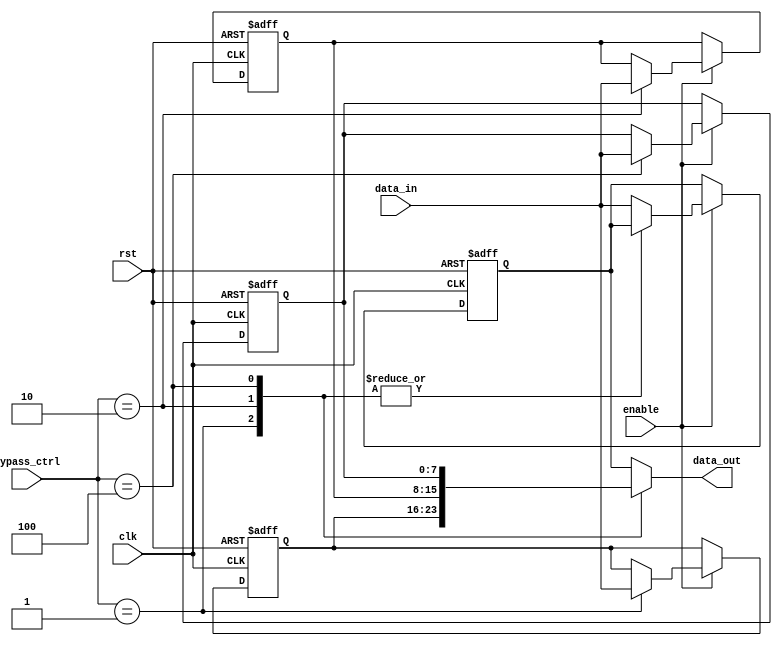
module bypass_register (
    input wire clk,
    input wire rst,
    input wire enable,
    input wire [3:0] bypass_ctrl,
    input wire [7:0] data_in,
    output reg [7:0] data_out
);

reg [7:0] reg0, reg1, reg2, reg3;

always @(posedge clk or posedge rst) begin
    if (rst) begin
        reg0 <= 0;
        reg1 <= 0;
        reg2 <= 0;
        reg3 <= 0;
    end else if (enable) begin
        case(bypass_ctrl)
            4'b0001: reg1 <= data_in;
            4'b0010: reg2 <= data_in;
            4'b0100: reg3 <= data_in;
            4'b1000: reg0 <= data_in;
            default: reg0 <= data_in;
        endcase
    end
end

always @* begin
    case(bypass_ctrl)
        4'b0001: data_out = reg1;
        4'b0010: data_out = reg2;
        4'b0100: data_out = reg3;
        4'b1000: data_out = reg0;
        default: data_out = reg0;
    endcase
end

endmodule